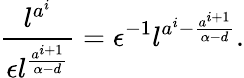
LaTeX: \frac{l^{a^{i}}}{\epsilon l^{\frac{a^{i+1}}{\alpha-d}}}=\epsilon^{-1}l^{a^{i}-\frac{a^{i+1}}{\alpha-d}}.